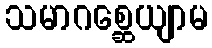
သမာဂစ္ဆေယျာမ